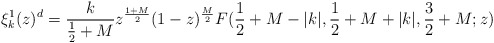
\begin{align*}\xi^1_k(z)^d=\frac{k}{\frac{1}{2}+M}z^{\frac{1+M}{2}}(1-z)^{\frac{M}{2}}F(\frac{1}{2}+M-|k|,\frac{1}{2}+M+|k|,\frac{3}{2}+M;z)\end{align*}